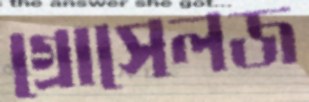
গ্রোসেলজ